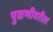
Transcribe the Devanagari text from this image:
पुळणीवरील